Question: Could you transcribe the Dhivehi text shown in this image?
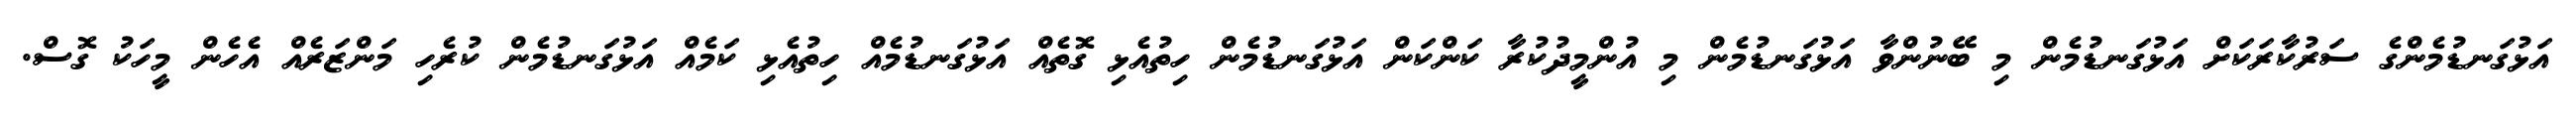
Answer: އަޅުގަނޑުމެންގެ ސަރުކާރަކަށް އަޅުގަނޑުމެން މި ބޭނުންވާ އަޅުގަނޑުމެން މި އުންމީދުކުރާ ކަންކަން އަޅުގަނޑުމެން ހިތުއެޅި ގޮތެއް އަޅުގަނޑުމެއް ހިތުއެޅި ކަމެއް އަޅުގަނޑުމެން ކުރެހި މަންޒަރެއް އެހެން މީހަކު ގޮސް.